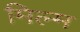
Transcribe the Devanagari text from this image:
मिल्म